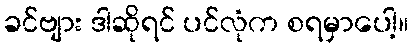
ခင်ဗျား ဒါဆိုရင် ပင်လုံက စရမှာပေါ့။